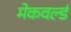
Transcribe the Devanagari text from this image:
मेकवर्ल्ड